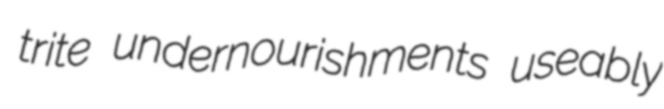
trite undernourishments useably